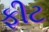
ફીટ